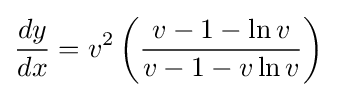
{\frac {dy}{dx}}=v^{2}\left({\frac {v-1-\ln v}{v-1-v\ln v}}\right)